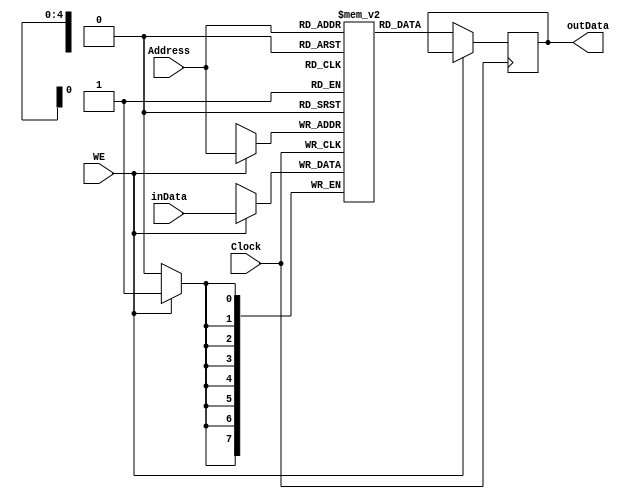
module RAM_32_x_8bit(Address,WE,Clock,inData,outData);

input WE,Clock ;
input [4:0] Address;
input [7:0] inData ;

reg [7:0] RAM [31:0];

output reg [7:0] outData ;

always @ (posedge Clock)
begin
      if (WE)
        RAM[Address] <= inData;
      else
        outData <= RAM[Address];
end

endmodule